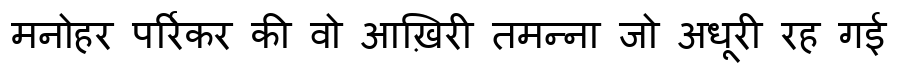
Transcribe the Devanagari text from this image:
मनोहर पर्रिकर की वो आख़िरी तमन्ना जो अधूरी रह गई